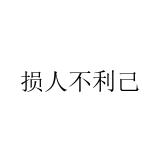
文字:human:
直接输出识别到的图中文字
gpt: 损人不利己